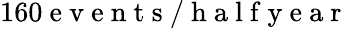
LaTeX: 160\mathrm{~e~v~e~n~t~s~/~h~a~l~f~y~e~a~r~}